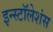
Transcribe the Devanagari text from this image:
इन्स्टॉलेशंस